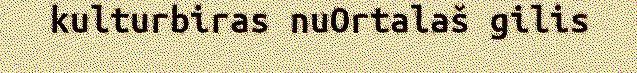
kulturbiras nuOrtalaš gilis